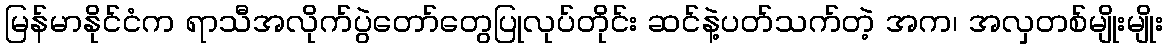
မြန်မာနိုင်ငံက ရာသီအလိုက်ပွဲတော်တွေပြုလုပ်တိုင်း ဆင်နဲ့ပတ်သက်တဲ့ အက၊ အလှတစ်မျိုးမျိုး